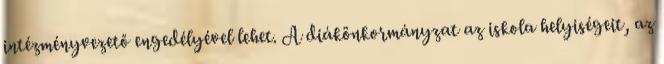
intézményvezető engedélyével lehet. A diákönkormányzat az iskola helyiségeit, az